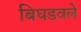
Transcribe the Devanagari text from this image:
बिघडवले